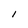
Character: 1